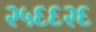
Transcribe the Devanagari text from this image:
२५६६२६